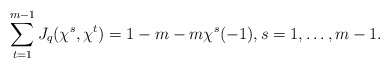
\begin{align*}\sum\limits_{t=1}^{m-1}J_q(\chi^s,\chi^t)=1-m-m\chi^s(-1),s=1,\dots,m-1.\end{align*}